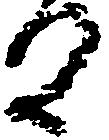
る